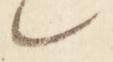
々